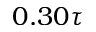
0 . 3 0 \tau